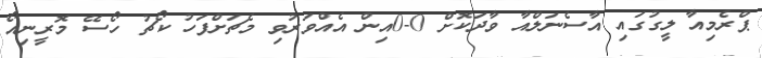
ޕްރެމިއާ ލީގުގައި އާސެނަލްއާ ވާދަކޮށް 0-0އިން އެއްވަރުވި މެޗަށްފަހު ކޯޗު ހޯސޭ މޮރީނިއޯ